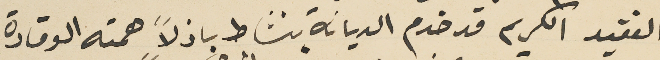
الفقيد الكريم قد خدم الديانة بنشاط باذلاً همته الوقادة